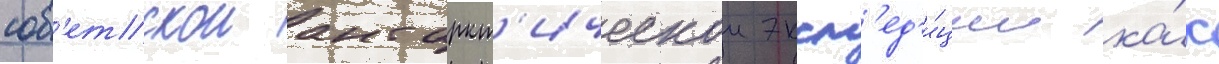
сов'етскои антаркт'ическои эксп'ед'и́ции ка́к